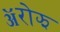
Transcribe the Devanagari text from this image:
ॲरोझ